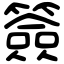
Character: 簽